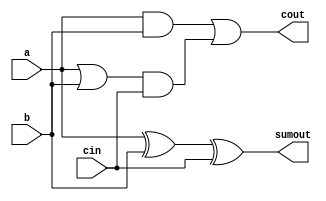
module adder(
    output sumout,
    output cout,
    input a,
    input b,
    input cin
);
    assign sumout = a ^ b ^ cin;
    assign cout = (a & b) | ((a | b) & cin);

endmodule